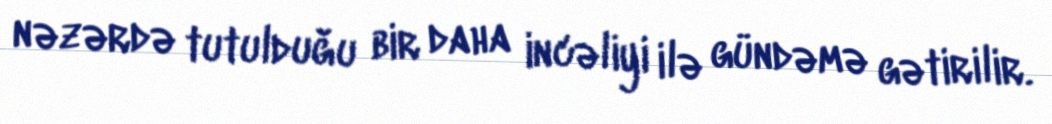
nəzərdə tutulduğu bir daha incəliyi ilə gündəmə gətirilir.